Leaving Certificate, 1896
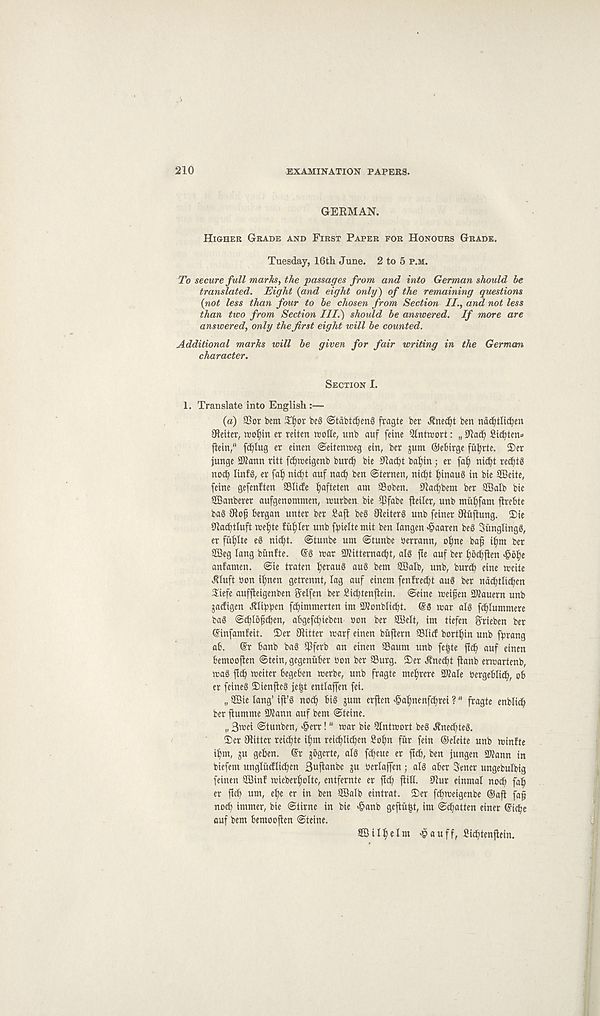
210
EXAMINATION PAPERS.
GERMAN.
HIGHER GRADE AND FIRST PAPER FOR HONOURS GRADE.
Tuesday, 16th June. 2 to 5 P.M.
To secure full marks, the passages from and into German should be
translated. Eight {and eight only) of the remaining questions
{not less than four to be chosen from Section II., and not less
than two from Section III.) should be answered. If more are
answered, only the first eight will be counted.
Additional marks will be given for fair writing in the German
character.
SECTION I.
1. Translate into English:—
(a) SSor bent 3^or be§ ©tabidjeng fragte ber J?nec^t ben ndc^tlic^en
Jleiter, wol)tn er reiten rcotte, unb auf feme Qlntaort: „ 0iac^ Sicfyten*
ftein/' fcfjlug er einen ©eitcnweg etn, bcr junt Oebirge fu^rte. 2>er
junge 2Kann ritt fc^toeigenb burcf) bie 9ladit bat)in; er faf) nic^t rec^tg
noc^ linfg, er fa^ nic^t auf nad) ben ©ternen, nic^t f)inaug in bie ffieite,
feine gefenften Slide ^afteten ant ffioben. 9lad)bent ber SBalb bic
SBanberer aufgenontnten, trurben bie Sfabe fieiler, unb tnui)fant flrebte
bag 9lo^ bergan untcr ber Saji beg Jteiterg unb feiner Oiitftung. 2)ie
Sad)tluft icefite fuller unb fi)ieltetnit ben langen ^aaren beg Si'mglingg,
er fit^Ite eg nid)t. <$tunbe unt ©tunbe ijcrrann, ofme baf i^tn ber
SKeg lang bimfte. @g trar aKitternacfyt, alg fie auf ber ^ocfyflen ^of)e
anfanten. ©ie traten tyeraug aug bent ffialb, unb, burd) eine trcite
^luft bon itmcn getrennt, lag auf einent fenfrecfyt aug ber ndc^tlic^en
Siefe auffleigenben j^elfen ber Sic^tenjletn. ©eine tueijjen SKauern unb
jadigen Jtli^en fdjitmnerten im Slonblidt. @3 war alg fc^lumtnere
bag ©d)lofd)en, a6gefd)iebcu non ber SBelt, itn tiefen Srieben ber
©infamfeit. ©er Sitter rcarf einen btiflern Slid bort^in unb fbrang
ab. @r banb bag Sferb an einen Sautn unb fe|te jic^ auf einen
bemooften ©tein, gcgenitber bon ber Surg. ©er .fnedt jlanb erwartenb,
wag jlc^ wcitcr begeben werbe, unb fragte ntefjrere Slale bergcblid), cb
er feineg ©ienjlcg je|t entlaffen fei.
„ 2Bie lang’ ifl’g noc^ big jutn erjlen ^afme nf^rei ? “ fragte enblicb
ber flunttne Slann auf bent ©tcine.
„ 3wei ©tunben, >§err!" war bie Qlntwort beg J?ned)teg.
©cr Sitter reid)tc ifjnt rei^Iic^en So£)n fur fein ©eleite unb winfte
if)nt, ju geben. @r jbgcrte, alg fd)cue er ftcb, ben jungen STOann in
bicfent ungliidli^cn Buflanbc ju berlaffen; alg aber 3ener ungebulbig
feinen SJin! wieberljolte, entfernte er ftd) jlill. Sur eintnal nod) falj
er ftd) utn, el)e cr in ben SBalb eintrat. ©er fd^weigcnbe ©ajl faft
nod) inttner, bie ©time in bie >£anb gcftujst, itn ©fatten einer Grieve
auf bent bento often ©teine.
SSiltyefnt >pauff, Sitbtenflein.